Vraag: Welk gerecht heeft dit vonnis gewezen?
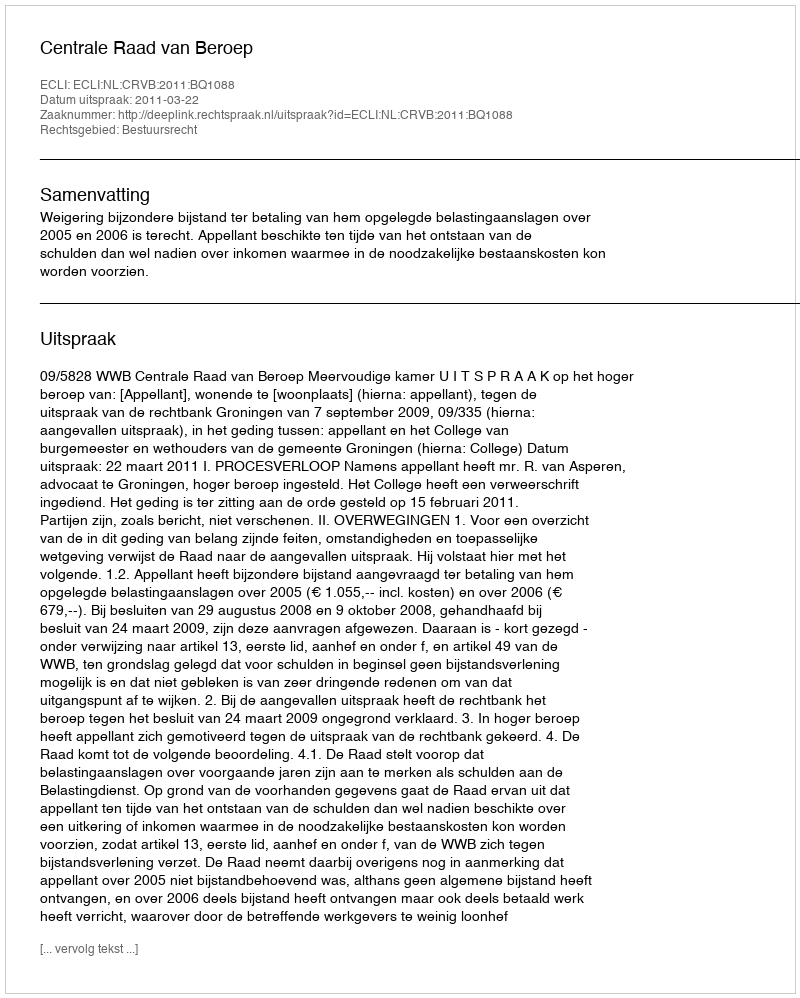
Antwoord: Centrale Raad van Beroep